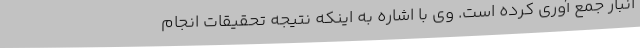
انبار جمع آوری کرده است. وی با اشاره به اینکه نتیجه تحقیقات انجام